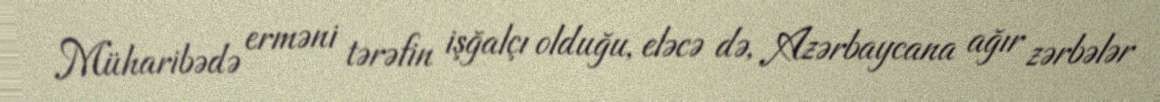
Müharibədə erməni tərəfin işğalçı olduğu, eləcə də, Azərbaycana ağır zərbələr